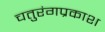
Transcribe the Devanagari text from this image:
चतुरंगप्रकाश